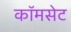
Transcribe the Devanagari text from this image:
कॉमसेट